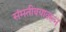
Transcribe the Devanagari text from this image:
संमतीवयावरून